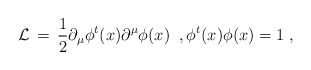
\begin{align*}{\cal L} \,=\, \frac{1}{2} \partial_{\mu} \phi^t (x) \partial^{\mu} \phi(x)\;\;, \phi^t (x) \phi (x) = 1\;,\end{align*}